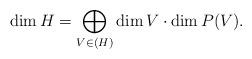
LaTeX: \begin{align*}\dim H=\bigoplus_{V\in (H)} \dim V \cdot \dim P(V).\end{align*}